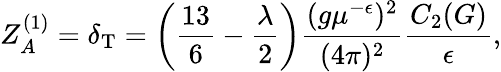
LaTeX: Z_{A}^{(1)}=\delta_{\mathrm{T}}=\left(\frac{13}6-\frac\lambda 2\right)\frac{(g\mu^{-\epsilon})^{2}}{(4\pi)^{2}}\frac{C_{2}(G)}{\epsilon},